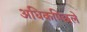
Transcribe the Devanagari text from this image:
अधिकपिछले